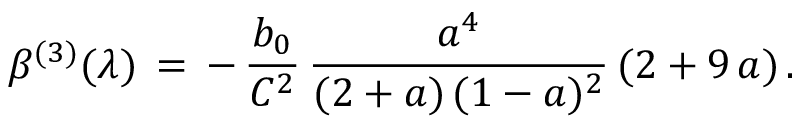
{ \beta } ^ { ( 3 ) } ( { \lambda } ) \, = \, - \, \frac { b _ { 0 } } { C ^ { 2 } } \, \frac { a ^ { 4 } } { ( 2 + a ) \, ( 1 - a ) ^ { 2 } } \, ( 2 + 9 \, a ) \, .